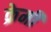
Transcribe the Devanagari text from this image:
क्रेमी